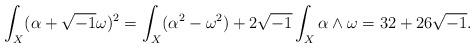
LaTeX: \begin{align*}\int_{X}(\alpha+\sqrt{-1}\omega)^{2}= \int_{X}(\alpha^{2}-\omega^{2})+2\sqrt{-1}\int_{X}\alpha\wedge\omega= 32+26\sqrt{-1}.\end{align*}